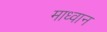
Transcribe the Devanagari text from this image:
माध्वान